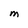
Character: M